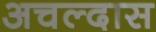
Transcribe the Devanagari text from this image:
अचल्दास